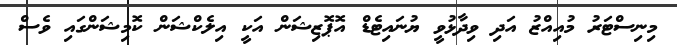
މިނިސްޓަރު މުއިއްޒު އަދި ވިދާޅުވީ ޔުނައިޓެޑް އޮޕޮޒިޝަން އަކީ އިލެކްޝަން ކޮމިޝަންގައި ވެސް